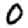
Digit: 0